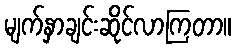
မျက်နှာချင်းဆိုင်လာကြတာ။